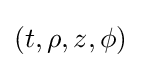
(t,\rho ,z,\phi )